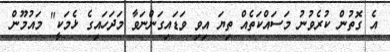
އެ ގޮތުން ކުރެވުނު މަސައްކަތެއް ތިޔަ އިވި ވަޑައިގަންނަވާ މަދަހައިގެ ޅެމަކީ" މައުމޫން